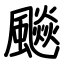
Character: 飈